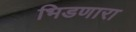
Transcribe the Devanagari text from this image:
भिडणारा